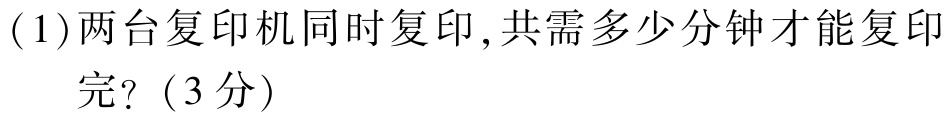
(1)两台复印机同时复印,共需多少分钟才能复印完?（3分）